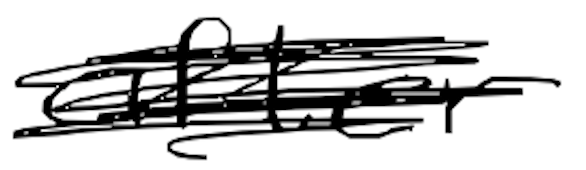
Text: after
Cross-out: scratch
Writing tool: digital_black